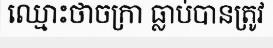
ឈ្មោះថាចក្រា ធ្លាប់បានត្រូវ